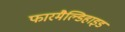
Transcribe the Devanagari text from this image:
फारमैल्डिहाइड